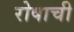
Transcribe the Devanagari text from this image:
रोषाची